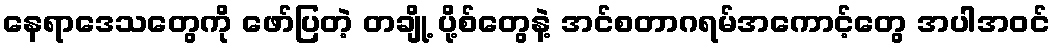
နေရာဒေသတွေကို ဖော်ပြတဲ့ တချို့ ပို့စ်တွေနဲ့ အင်စတာဂရမ်အကောင့်တွေ အပါအဝင်